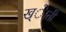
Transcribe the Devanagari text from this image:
ख्ेाती